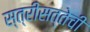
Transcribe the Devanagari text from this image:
स्त्रीसत्तेची